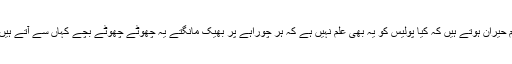
ہم حیران ہوتے ہیں کہ کیا پولیس کو یہ بھی علم نہیں ہے کہ ہر چوراہے پر بھیک مانگتے یہ چھوٹے چھوٹے بچے کہاں سے آتے ہیں؟